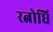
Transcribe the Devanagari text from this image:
रत्नोधि